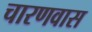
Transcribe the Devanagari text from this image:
चारणवास